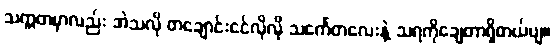
သက္ကတမှာလည်း အဲသလို တချောင်းငင်လိုလို သင်္ကေတလေးနဲ့ သရကိုချေတာရှိတယ်ဗျ။